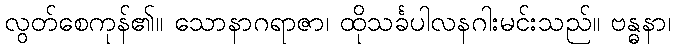
လွတ်စေကုန်၏။ သောနာဂရာဇာ၊ ထိုသင်္ခပါလနဂါးမင်းသည်။ ဗန္ဓနာ၊